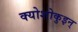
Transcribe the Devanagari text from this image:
क्योशोकुइन्